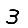
Digit: 3